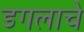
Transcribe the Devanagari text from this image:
डगलाचे